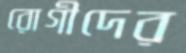
রোগীদের